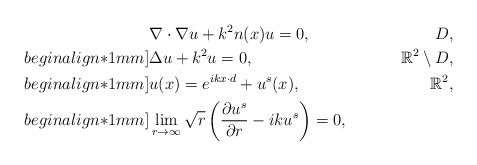
\begin{align*} &\nabla \cdot \nabla u+k^2n(x)u=0, & D,\\begin{align*}1mm] &\Delta u+k^2u=0, & \mathbb R^2 \setminus D,\\begin{align*}1mm] &u(x)=e^{ikx\cdot d}+u^s({x}), & \mathbb R^2 , \\begin{align*}1mm] & \lim_{r\to\infty}\sqrt{r} \left(\frac{\partial u^s}{\partial r}-iku^s \right)=0,\end{align*}